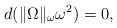
LaTeX: \begin{align*} d(\|\Omega\|_\omega \omega^2) = 0,\end{align*}